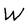
Character: W